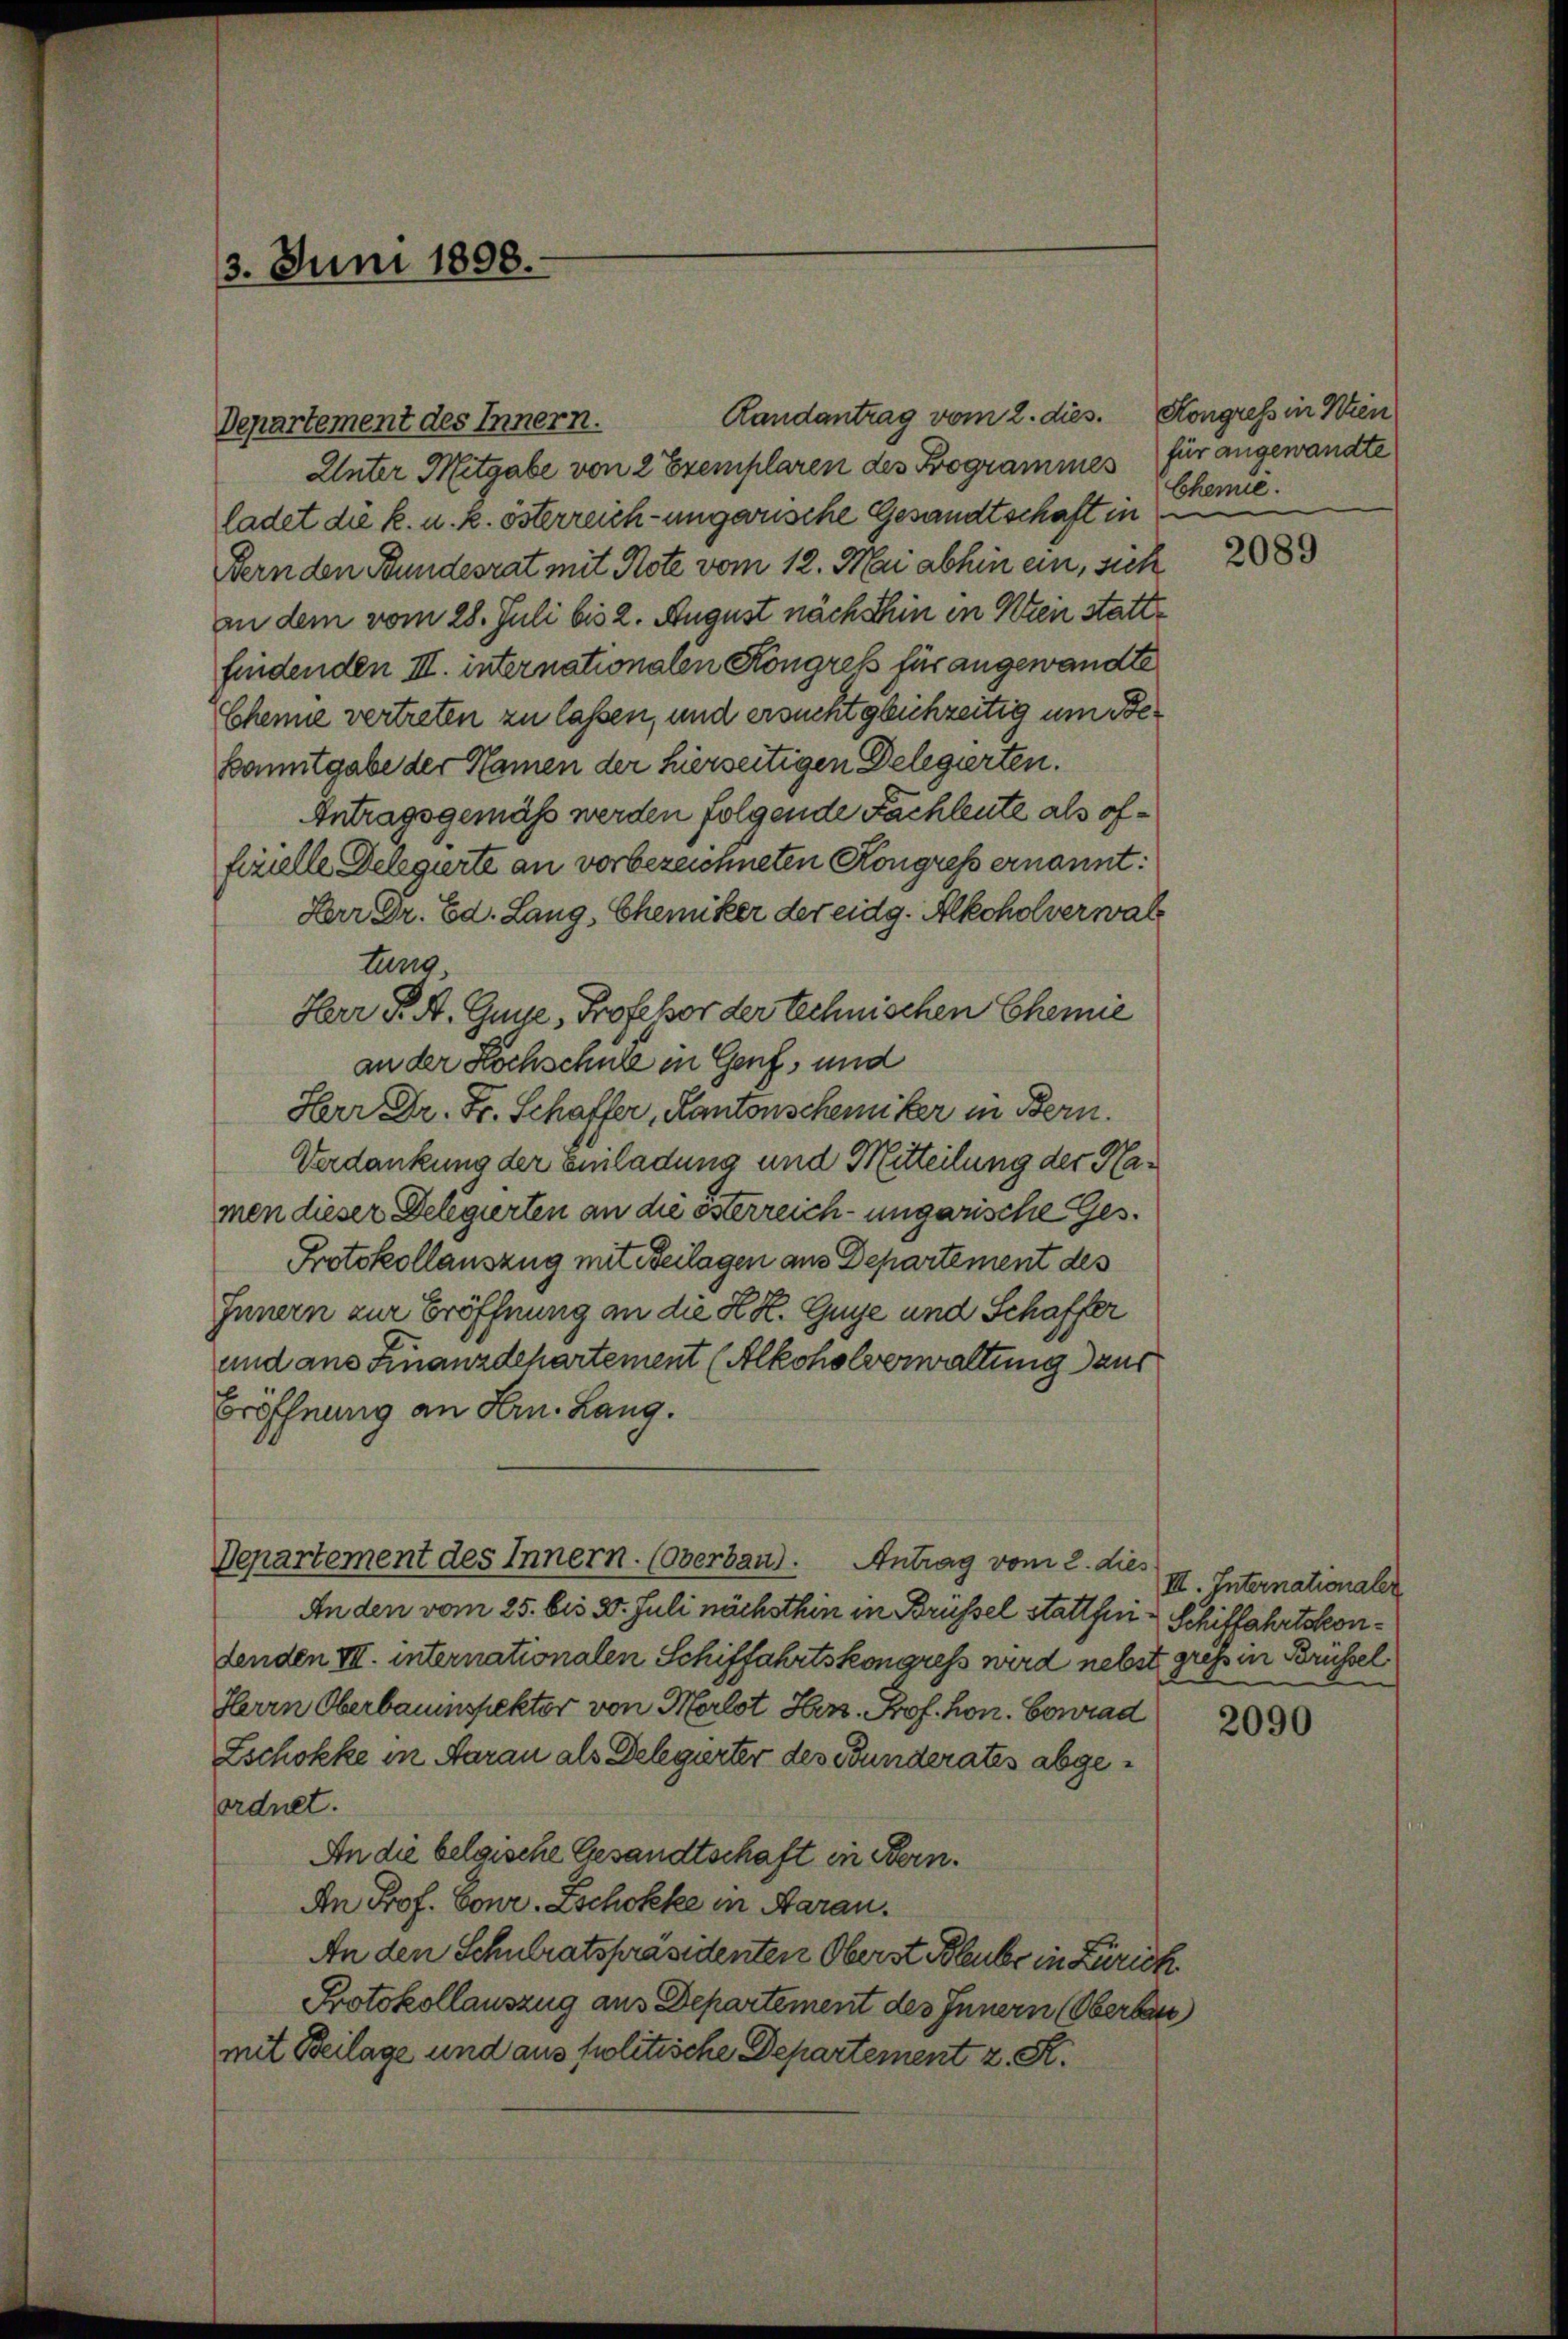
3. Juni 1898.

Randantrag vom 2. dies.
Departement des Innern.
Unter Mitgabe von 2 Exemplaren des Programmes
ladet die k. u. k. österreich-ungarische Gesandtschaft in
Fern den Bundesrat mit Note vom 12. Mai abhin ein, sich
in dem vom 28. Juli bis 2. August nächsthin in Klein stattfindenden III. internationalen Kongreß für angewandte
Chene vertreten zu lassen, und ersucht gleichzeitig um Be¬
Bamitgabe der Namen der hierseitigen Delegierten.
Antragsgemäss werden folgende Fachleute als offerielle Delegierte an vorbezeichneten Kongress ernannt:
Herr Dr. Ed. Lang, Chemiker der eidg. Alkoholverwaltung,
Herr P. A. Gene, Professor der technischen Chemie
an der Hochschule in Genf, und
Herr Dr. Fr. Schaffer, Kantonschemiker in Bern.
Verdankung der Einladung und Mitteilung der Hamen dieser Delegierten an die österreich- ungarische Ges.
Protokollauszug mit Beilagen aus Departement des
Innern zur Eröffnung an die K. K. Guye und Schaffer
und aus Finanzdepartement (Alkoholverwaltung aus
Eröffnung an Hrn. Lang.
Departement des Innern. (Oberbaud.
Antrag vom 2. dies
Anden vom 25. bis 3. Juli nächsthin in Brüssel stattheidenden VII. internationalen Schiffahrtskongress wird nebst gress in Brüssel
Herrn Oberbauinspektor von Morlot Hrn. Prof. hon. Conrad
Zschokke in Aarau als Delegierter des Bunderates abgeordnet.
An die belgische Gesandtschaft in Bern.
An Prof. Conr. Zschokke in Aarau
An den Schulratspräsidenten Oberst Bleule in Zürich
Protokollauszug aus Departement des Innern (Oberbar
mit Beilage und aus politische Departement z. R.

Kongress in Wien
für angewandte
Chemie.

2089

II. Internationaler
Schiffahrtskon¬

2090